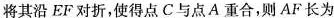
将其沿 EF 对折，使得点 C 与点 A 重合，则 AF 长为